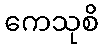
ကေသုစိ